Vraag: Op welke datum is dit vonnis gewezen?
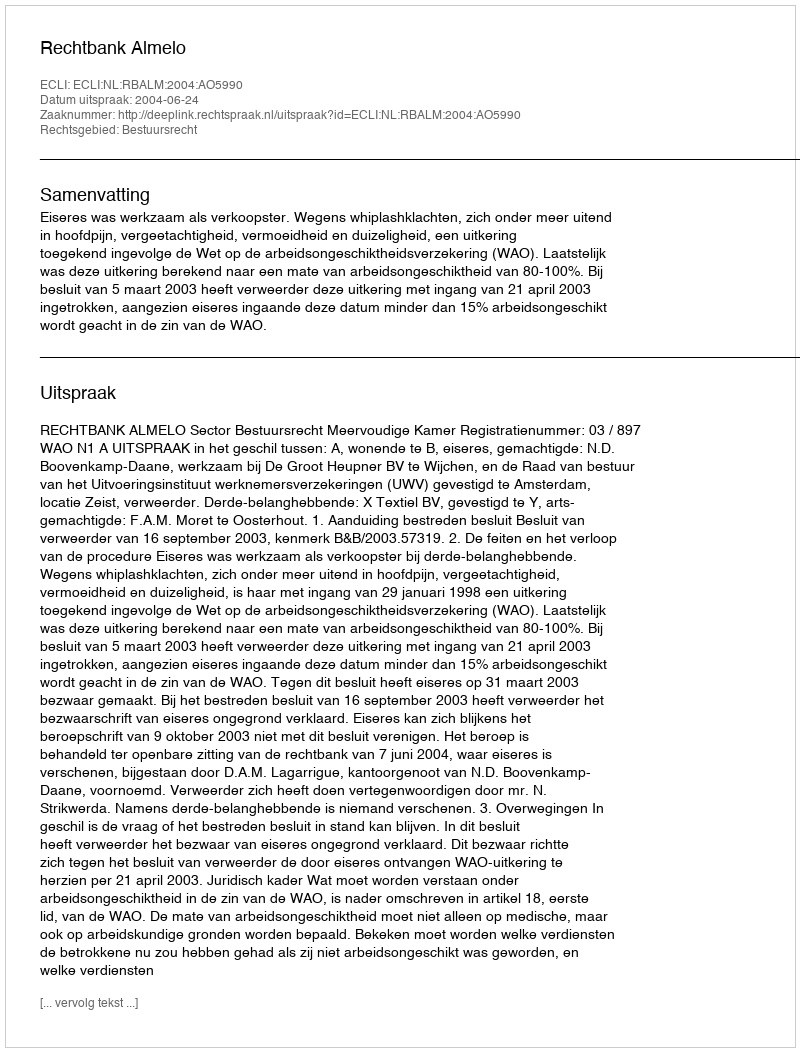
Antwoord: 2004-06-24